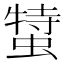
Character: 𧎬